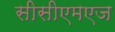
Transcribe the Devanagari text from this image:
सीसीएमएज